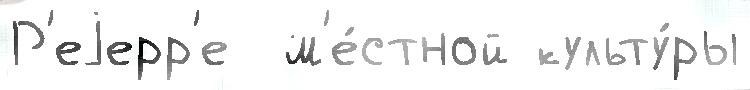
Р'еjерр'е  м'е́стной культу́ры